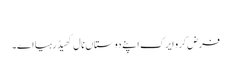
‏
فرض کرو ایرک اپنے دوستاں نال کھیڈ رہیا اے۔